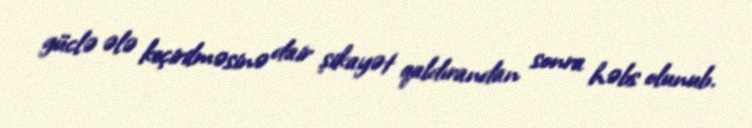
güclə ələ keçirilməsinə dair şikayət qaldırandan sonra həbs olunub.